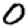
Digit: 0